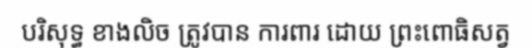
បរិសុទ្ធ ខាងលិច ត្រូវបាន ការពារ ដោយ ព្រះពោធិសត្វ